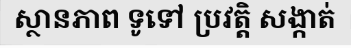
ស្ថានភាព ទូទៅ ប្រវត្តិ សង្កាត់